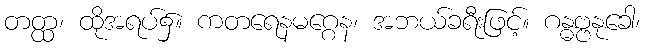
တတ္ထ၊ ထိုအရပ်၌။ ကတရေနမဂ္ဂေန၊ အဘယ်ခရီးဖြင့်။ ဂန္ဓဗ္ဗနုခေါ၊